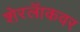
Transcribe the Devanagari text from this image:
शेरलॅाकवर